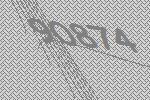
90874